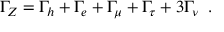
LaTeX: \Gamma _ { Z } = \Gamma _ { h } + \Gamma _ { e } + \Gamma _ { \mu } + \Gamma _ { \tau } + 3 \Gamma _ { \nu } \; \; .